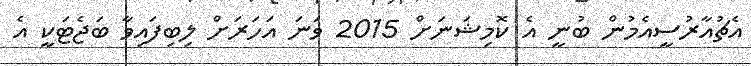
އެޗުއާރުސީއެމުން ބުނީ އެ ކޮމިޝަނަށް 2015 ވަނަ އަހަރަށް ލިބިފައިވާ ބަޖެޓަކީ އެ